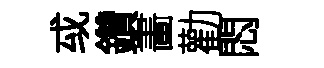
㦯鑽畵勸悶